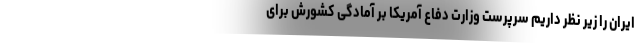
ایران را زیر نظر داریم سرپرست وزارت دفاع آمریکا بر آمادگی کشورش برای